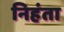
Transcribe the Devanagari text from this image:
निहंता